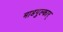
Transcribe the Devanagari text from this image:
माडगुल्कार्